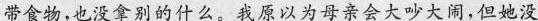
带食物,也没拿别的什么。我原以为母亲会大吵大闹,但她没